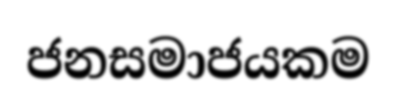
ජනසමාජයකම